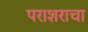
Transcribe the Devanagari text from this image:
पराशराचा